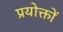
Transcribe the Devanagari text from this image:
प्रयोक्तों